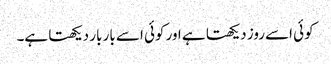
کوئی اسے روز دیکھتا ہے اور کوئی اسے بار بار دیکھتا ہے۔